system: You are a helpful assistant.
user:
Analyze the provided spectrum to determine if it is a **S-type Star**.

- **Key Indicators for S-type Star:**

    - **(Overall Spectrum Shape):** The first and most obvious characteristic is the overall continuum (the "baseline" shape). It is **extremely "red-sloping,"** meaning the flux (light intensity) is very low on the left side (blue, ~4000-4500 Å) and rises steeply and continuously toward the right side (red, ~7000 Å+).

    - **(Primary):** The spectrum is defined by the presence of strong, broad molecular absorption "valleys" (bands) from **Zirconium Oxide (ZrO)**. The identification of these bands is the **primary requirement** for classifying a star as S-type.
        - **(Key Bandheads):** You must find distinct, deep "dips" where the light has been absorbed. The most critical band systems to locate are:
            - **~6474 Å** ($\gamma$-system): This is often the strongest and clearest ZrO feature, found in the red part of the spectrum.
            - **~5718 Å** & **~5551 Å** ($\beta$-system): A pair of prominent absorption features in the yellow-orange part of the spectrum.
            - **~4640 Å** ($\alpha$-system): A key absorption band system in the blue-green region of the spectrum.

    - **(Secondary Confirmation):** The classification is strengthened by finding additional absorption bands from other related heavy element oxides, which are expected to be present alongside ZrO.
        - **(Key Bandheads):**
            - **Yttrium Oxide (YO):** Look for absorption dips near **~4800 Å** and **~6100 Å**.
            - **Lanthanum Oxide (LaO):** Additional absorption features, particularly in the red-orange part of the spectrum, are also characteristic.

    - **(Line Profile):** The combination of the steep red continuum and these numerous, deep molecular bands (ZrO, YO, etc.) gives the entire spectrum a very **"chopped-up"** or **"bumpy"** appearance. Instead of a smooth curve, the spectrum looks as though large, wide chunks of light have been "carved out" of it at the specific wavelengths listed above.

Think first, call **spectral_visualization_tool** if needed to examine features in detail, then provide your final answer. Your response must adhere to the following strict rules:
1.  **Overall Structure:** Your response must follow the format `<think>...</think> <tool_call>...</tool_call> (if a tool is used) <answer>...</answer>`.
2.  **Tool Usage Constraint:** You may only make **one** tool call per turn.
3.  **Final Answer Format:** In the `<answer>` tag, your conclusion must be inside a `\boxed{}` command (e.g., `\boxed{YES}` or `\boxed{NO}`), followed by your justification.

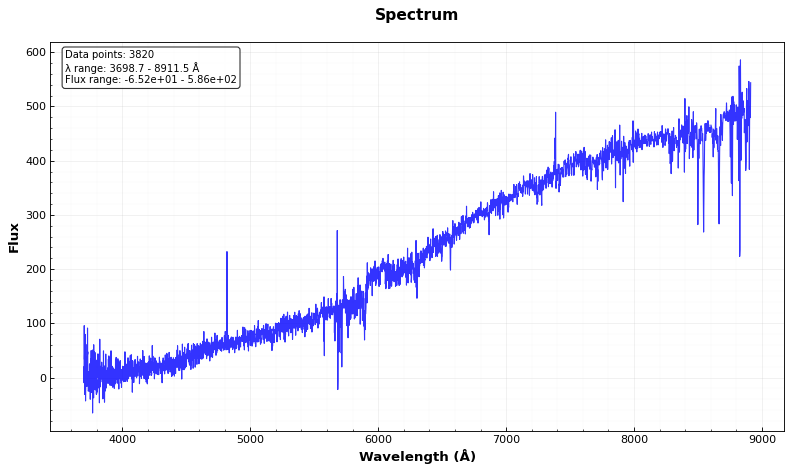
Answer: NO